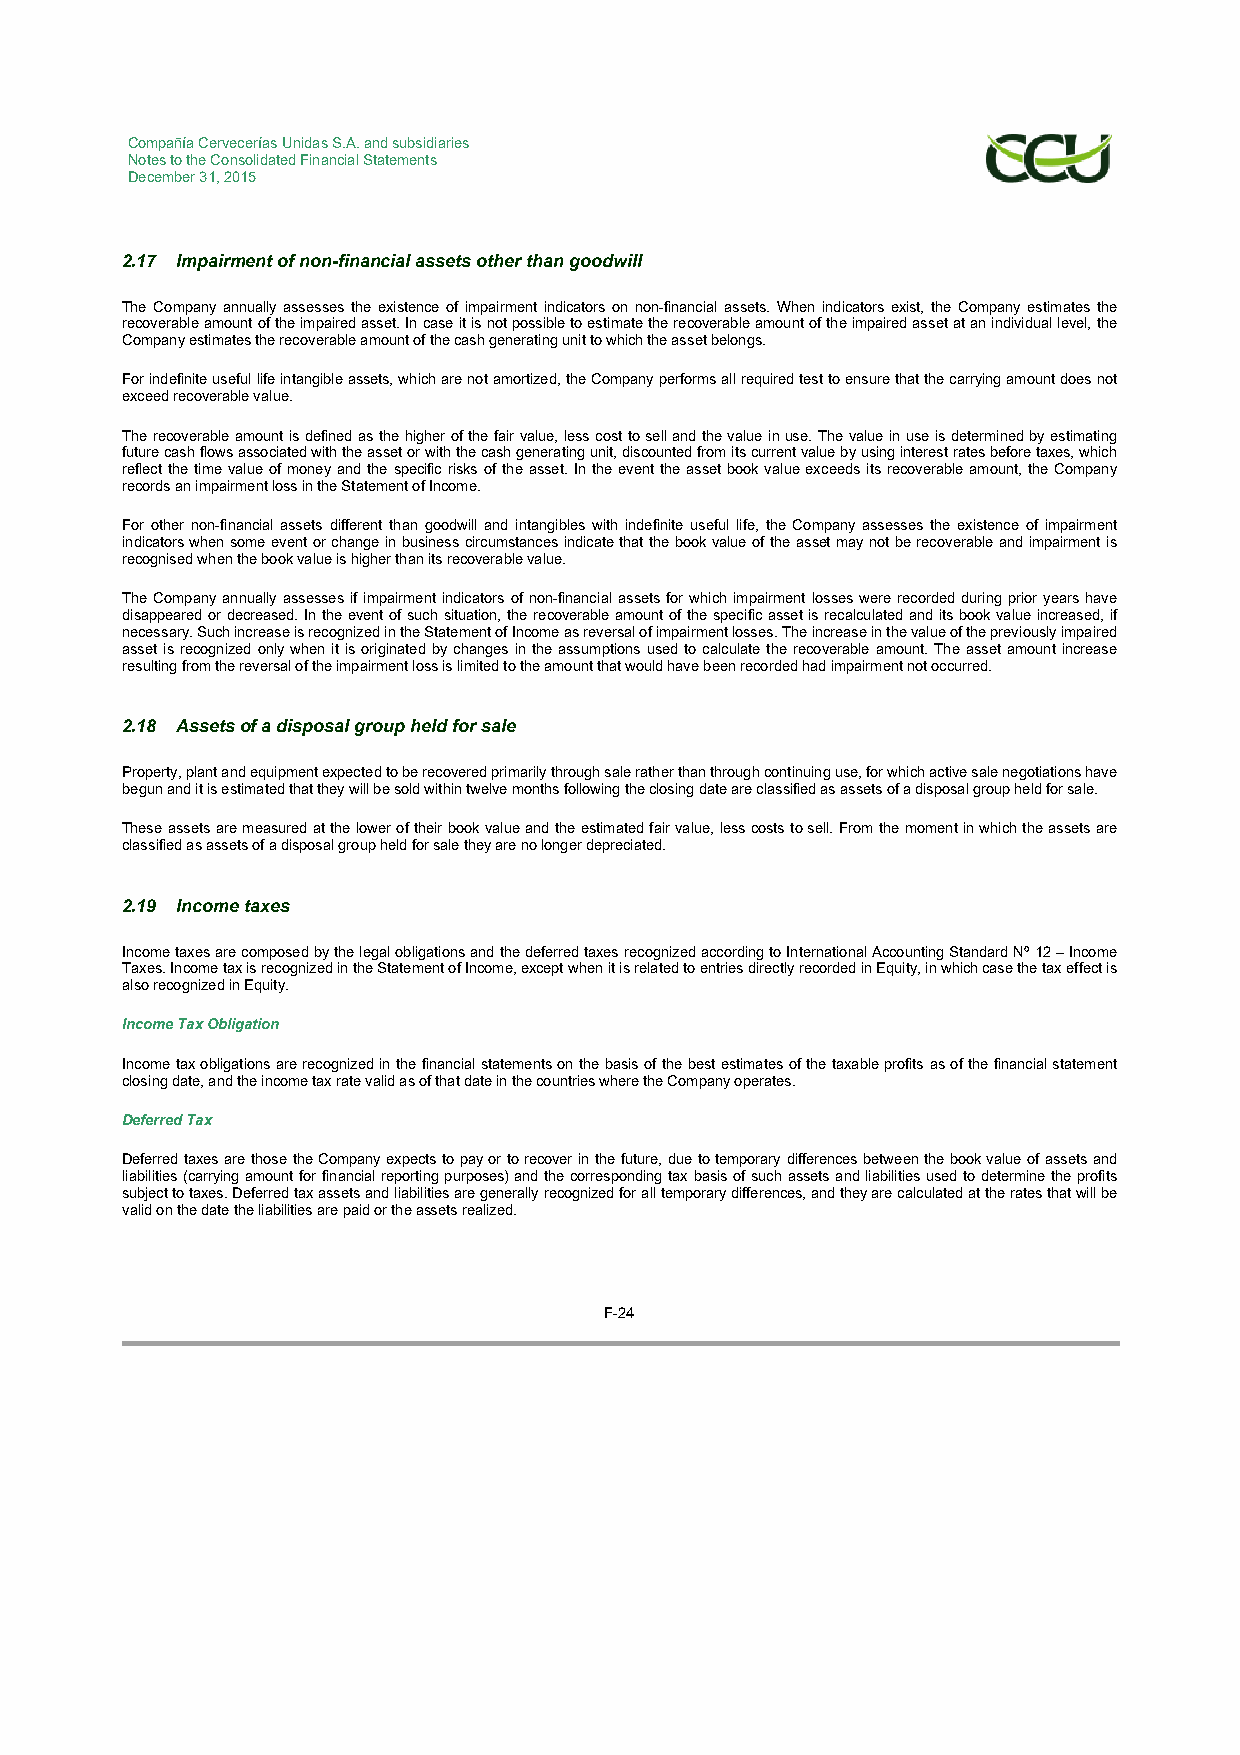
Compañía Cervecerías Unidas S.A. and subsidiaries
 Notes to the Consolidated Financial Statements
 December 31, 2015
 2.17 Impairment of non-financial assets other than goodwill
 The Company annually assesses the existence of impairment indicators on non-financial assets. When indicators exist, the Company estimates the
 recoverable amount of the impaired asset. In case it is not possible to estimate the recoverable amount of the impaired asset at an individual level, the
 Company estimates the recoverable amount of the cash generating unit to which the asset belongs.
 For indefinite useful life intangible assets, which are not amortized, the Company performs all required test to ensure that the carrying amount does not
 exceed recoverable value.
 The recoverable amount is defined as the higher of the fair value, less cost to sell and the value in use. The value in use is determined by estimating
 future cash flows associated with the asset or with the cash generating unit, discounted from its current value by using interest rates before taxes, which
 reflect the time value of money and the specific risks of the asset. In the event the asset book value exceeds its recoverable amount, the Company
 records an impairment loss in the Statement of Income.
 For other non-financial assets different than goodwill and intangibles with indefinite useful life, the Company assesses the existence of impairment
 indicators when some event or change in business circumstances indicate that the book value of the asset may not be recoverable and impairment is
 recognised when the book value is higher than its recoverable value.
 The Company annually assesses if impairment indicators of non-financial assets for which impairment losses were recorded during prior years have
 disappeared or decreased. In the event of such situation, the recoverable amount of the specific asset is recalculated and its book value increased, if
 necessary. Such increase is recognized in the Statement of Income as reversal of impairment losses. The increase in the value of the previously impaired
 asset is recognized only when it is originated by changes in the assumptions used to calculate the recoverable amount. The asset amount increase
 resulting from the reversal of the impairment loss is limited to the amount that would have been recorded had impairment not occurred.
 2.18 Assets of a disposal group held for sale
 Property, plant and equipment expected to be recovered primarily through sale rather than through continuing use, for which active sale negotiations have
 begun and it is estimated that they will be sold within twelve months following the closing date are classified as assets of a disposal group held for sale.
 These assets are measured at the lower of their book value and the estimated fair value, less costs to sell. From the moment in which the assets are
 classified as assets of a disposal group held for sale they are no longer depreciated.
 2.19 Income taxes
 Income taxes are composed by the legal obligations and the deferred taxes recognized according to International Accounting Standard Nº 12 – Income
 Taxes. Income tax is recognized in the Statement of Income, except when it is related to entries directly recorded in Equity, in which case the tax effect is
 also recognized in Equity.
 Income Tax Obligation
 Income tax obligations are recognized in the financial statements on the basis of the best estimates of the taxable profits as of the financial statement
 closing date, and the income tax rate valid as of that date in the countries where the Company operates.
 Deferred Tax
 Deferred taxes are those the Company expects to pay or to recover in the future, due to temporary differences between the book value of assets and
 liabilities (carrying amount for financial reporting purposes) and the corresponding tax basis of such assets and liabilities used to determine the profits
 subject to taxes. Deferred tax assets and liabilities are generally recognized for all temporary differences, and they are calculated at the rates that will be
 valid on the date the liabilities are paid or the assets realized.
 F-24